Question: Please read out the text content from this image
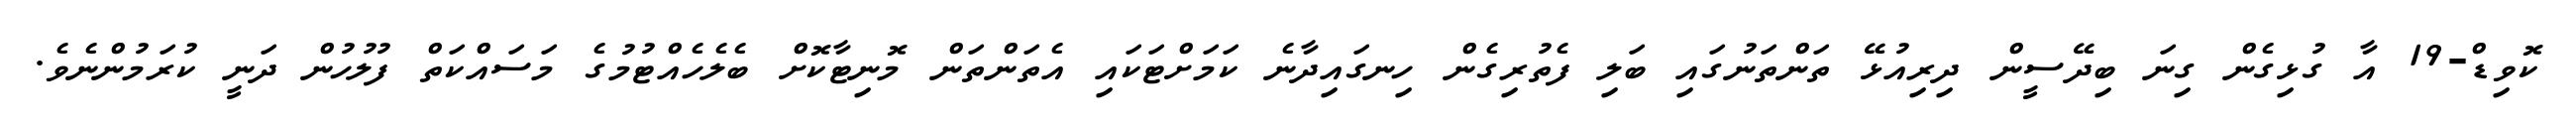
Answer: ކޮވިޑް-19 އާ ގުޅިގެން ގިނަ ބިދޭސީން ދިރިއުޅޭ ތަންތަނުގައި ބަލި ފެތުރިގެން ހިނގައިދާނެ ކަމަށްޓަކައި އެތަންތަން މޮނިޓާކޮށް ބެލެހެއްޓުމުގެ މަސައްކަތް ފުލުހުން ދަނީ ކުރަމުންނެވެ.